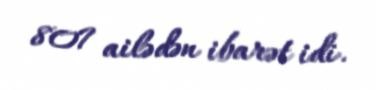
807 ailədən ibarət idi.